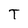
Character: T